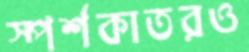
স্পর্শকাতরও